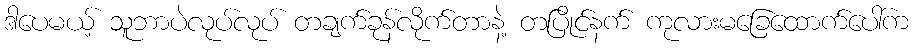
ဒါပေမယ့် သူဘာပဲလုပ်လုပ် တချက်ခုန်လိုက်တာနဲ့ တပြိုင်နက် ကုလားမခြေထောက်ပေါ်က